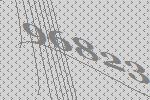
96823